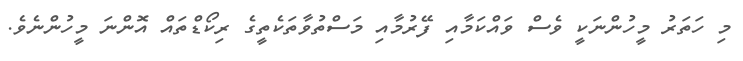
މި ހަތަރު މީހުންނަކީ ވެސް ވައްކަމާއި ފޭރުމާއި މަސްތުވާތަކެތީގެ ރިކޯޑްތައް އޮންނަ މީހުންނެވެ.